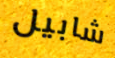
شابيل